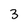
Character: 3